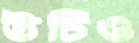
উচিও